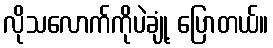
လိုသလောက်ကိုပဲချုံ့ ပြောတယ်။